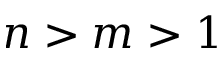
n > m > 1